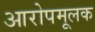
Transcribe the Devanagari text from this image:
आरोपमूलक